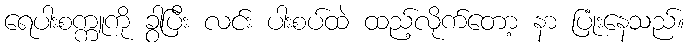
ရေပါးစက္ကူကို ခွာပြီး လင်း ပါးစပ်ထဲ ထည့်လိုက်တော့ နာ ပြုံးနေသည်။